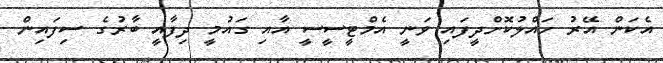
އެކަން އޭރު ހައްލުކޮށްދީފައި ވަނީ އެމްޓީސީސީ އާއި ގައުމީ ދިފާއީ ބާރުގެ ސިފައިން